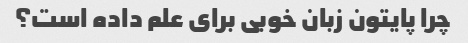
چرا پایتون زبان خوبی برای علم داده است؟